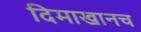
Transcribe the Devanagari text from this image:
दिमाखानच